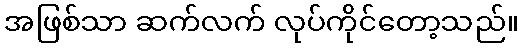
အဖြစ်သာ ဆက်လက် လုပ်ကိုင်တော့သည်။